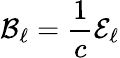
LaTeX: \mathcal{B}_{\ell}=\frac{1}{c}\mathcal{E}_{\ell}